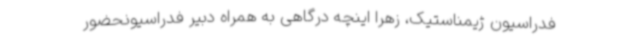
فدراسیون ژیمناستیک، زهرا اینچه درگاهی به همراه دبیر فدراسیونحضور